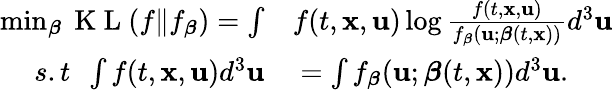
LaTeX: \begin{array}{rl}{\operatorname*{min}_{\boldsymbol{\beta}}\mathrm{~K~L~}(f\| f_{\boldsymbol{\beta}})=\int}&{{}f(t,\mathbf{x},\mathbf{u})\log\frac{f(t,\mathbf{x},\mathbf{u})}{f_{\boldsymbol{\beta}}(\mathbf{u};\boldsymbol{\beta}(t,\mathbf{x}))}d^{3}\mathbf{u}}\\ {s.t\ \ \int f(t,\mathbf{x},\mathbf{u})d^{3}\mathbf{u}}&{{}=\int f_{\boldsymbol{\beta}}(\mathbf{u};\boldsymbol{\beta}(t,\mathbf{x}))d^{3}\mathbf{u}.}\end{array}